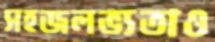
সহজলভ্যতাও